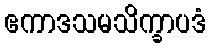
ဧကာဒသမသိက္ခာပဒံ